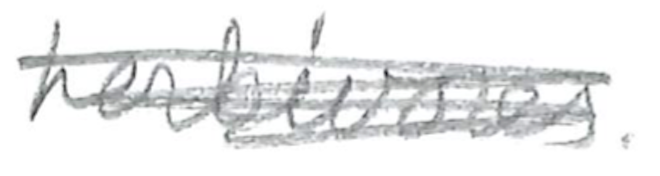
Text: herbivores.
Cross-out: mix
Writing tool: pencil